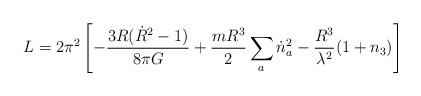
LaTeX: \begin{align*}L=2\pi^{2}\left [ -\frac{3R(\dot{R}^{2}-1)}{8\pi G}+\frac{mR^{3}}{2}\sum_{a}\dot{n}^{2}_{a}-\frac{R^{3}}{\lambda^{2}}(1+n_{3})\right ]\end{align*}